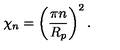
\chi _ { n } = \left( \frac { \pi n } { R _ { p } } \right) ^ { 2 } .